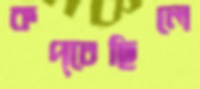
কপ্‌চেছিলে